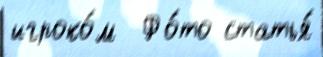
игроко́м  Фо́то статья́